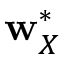
\mathbf { w } _ { X } ^ { * }